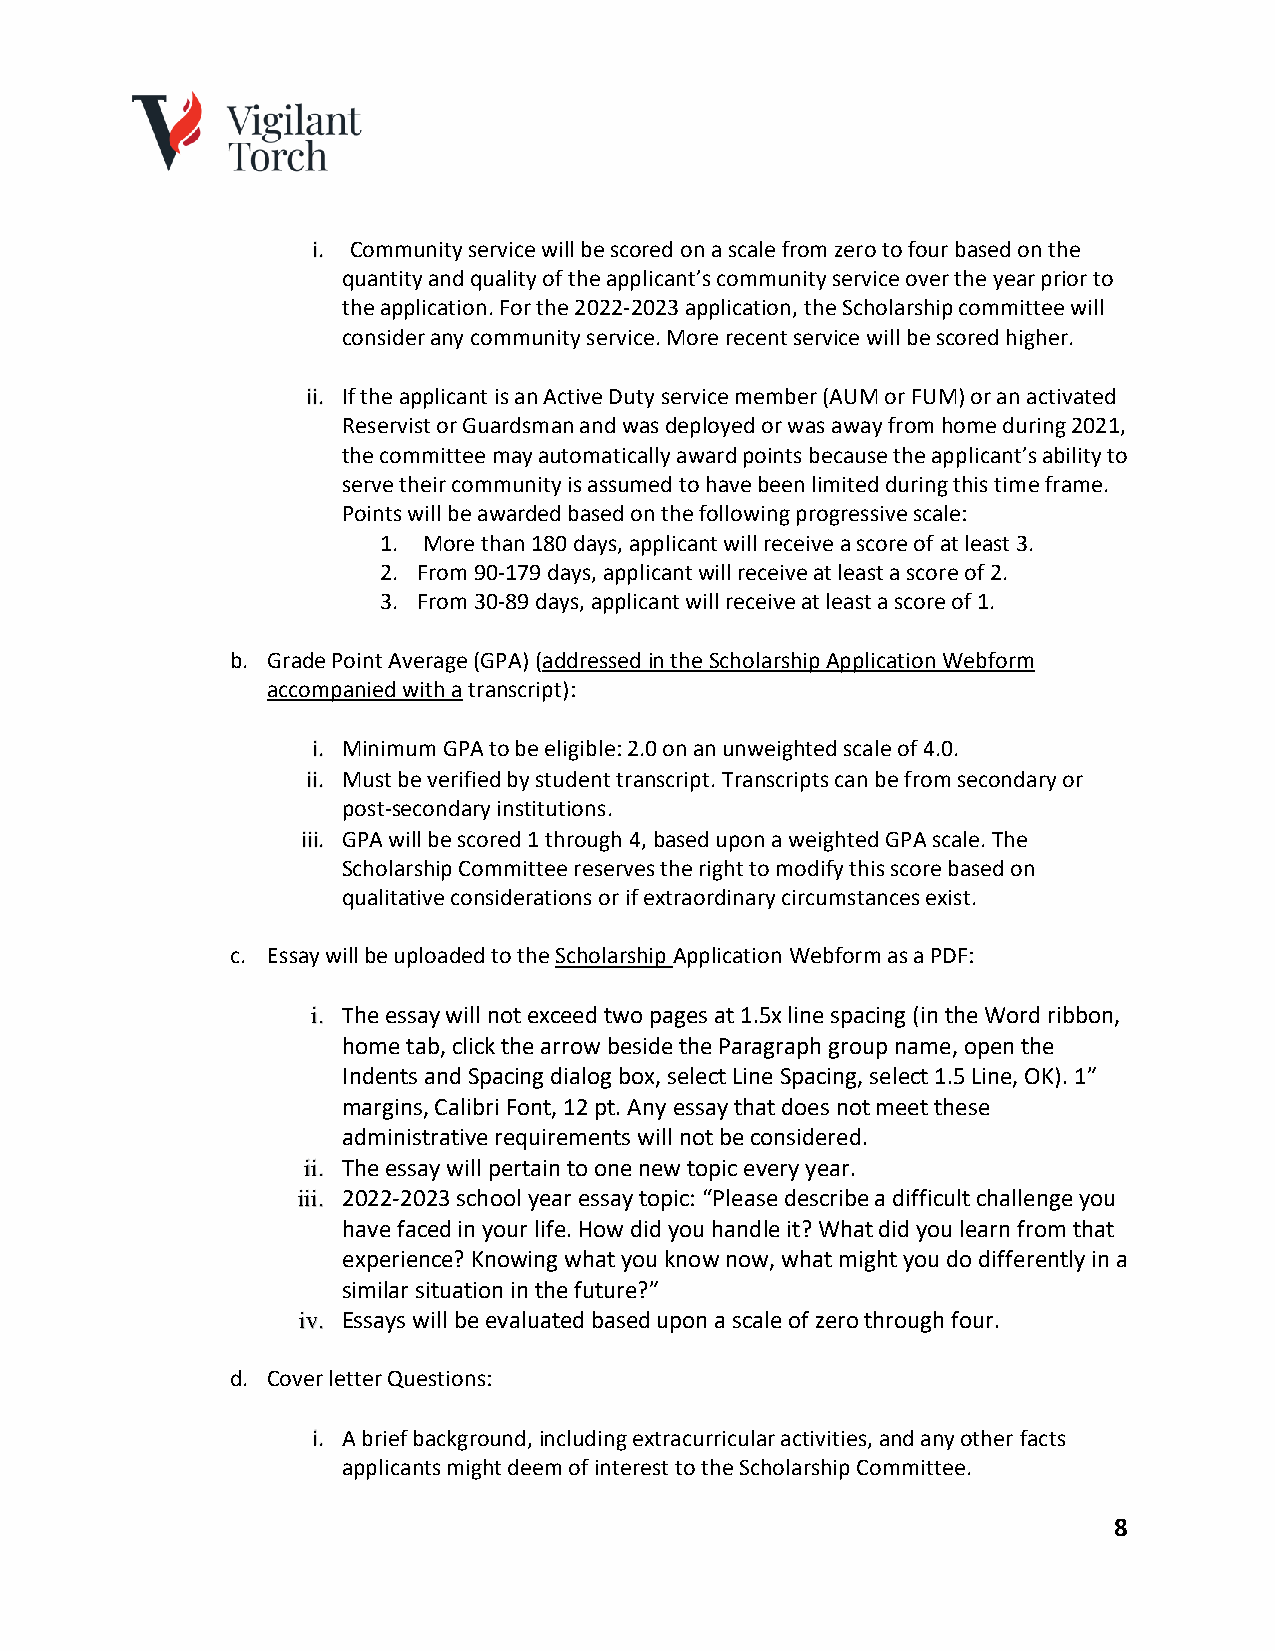
i. Community service will be scored on a scale from zero to four based on the
 quantity and quality of the applicant’s community service over the year prior to
 the application. For the 2022-2023 application, the Scholarship committee will
 consider any community service. More recent service will be scored higher.
 ii. If the applicant is an Active Duty service member (AUM or FUM) or an activated
 Reservist or Guardsman and was deployed or was away from home during 2021,
 the committee may automatically award points because the applicant’s ability to
 serve their community is assumed to have been limited during this time frame.
 Points will be awarded based on the following progressive scale:
 1. More than 180 days, applicant will receive a score of at least 3.
 2. From 90-179 days, applicant will receive at least a score of 2.
 3. From 30-89 days, applicant will receive at least a score of 1.
 b. Grade Point Average (GPA) (addressed in the Scholarship Application Webform
 accompanied with a transcript):
 i. Minimum GPA to be eligible: 2.0 on an unweighted scale of 4.0.
 ii. Must be verified by student transcript. Transcripts can be from secondary or
 post-secondary institutions.
 iii. GPA will be scored 1 through 4, based upon a weighted GPA scale. The
 Scholarship Committee reserves the right to modify this score based on
 qualitative considerations or if extraordinary circumstances exist.
 c. Essay will be uploaded to the Scholarship Application Webform as a PDF:
 i. The essay will not exceed two pages at 1.5x line spacing (in the Word ribbon,
 home tab, click the arrow beside the Paragraph group name, open the
 Indents and Spacing dialog box, select Line Spacing, select 1.5 Line, OK). 1”
 margins, Calibri Font, 12 pt. Any essay that does not meet these
 administrative requirements will not be considered.
 ii. The essay will pertain to one new topic every year.
 iii. 2022-2023 school year essay topic: “Please describe a difficult challenge you
 have faced in your life. How did you handle it? What did you learn from that
 experience? Knowing what you know now, what might you do differently in a
 similar situation in the future?”
 iv. Essays will be evaluated based upon a scale of zero through four.
 d. Cover letter Questions:
 i. A brief background, including extracurricular activities, and any other facts
 applicants might deem of interest to the Scholarship Committee.
 8